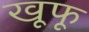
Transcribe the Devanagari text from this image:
खूफू